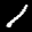
Label: 1